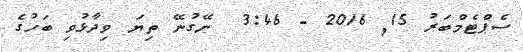
ސެޕްޓެމްބަރު 15